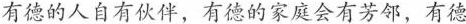
有德的人自有伙伴，有德的家庭会有芳邻，有德